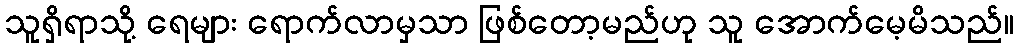
သူရှိရာသို့ ရေများ ရောက်လာမှသာ ဖြစ်တော့မည်ဟု သူ အောက်မေ့မိသည်။